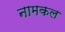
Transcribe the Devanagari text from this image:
नामकल